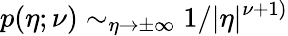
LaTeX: p(\eta;\nu)\sim_{\eta\to\pm\infty}1/\vert\eta\vert^{\nu+1)}